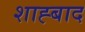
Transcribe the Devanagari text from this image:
शाह्बाद